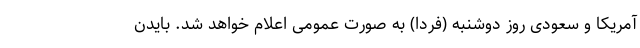
آمریکا و سعودی روز دوشنبه (فردا) به صورت عمومی اعلام خواهد شد. بایدن